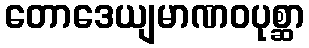
တောဒေယျမာဏဝပုစ္ဆာ